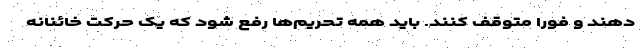
دهند و فوراً متوقف کنند. باید همه تحریم‌ها رفع شود که یک حرکت خائنانه